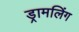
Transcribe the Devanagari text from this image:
ड्रामलिंग